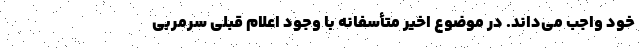
خود واجب‌ می‌داند. در موضوع اخیر متأسفانه با وجود اعلام قبلی سرمربی